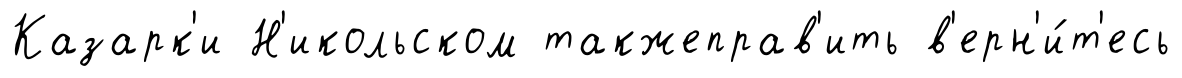
Казарк'и Н'икольском такжеправ'ить в'ерн'и́т'есь